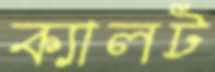
ক্যালট